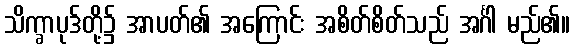
သိက္ခာပုဒ်တို့၌ အာပတ်၏ အကြောင်း အစိတ်စိတ်သည် အင်္ဂါ မည်၏။